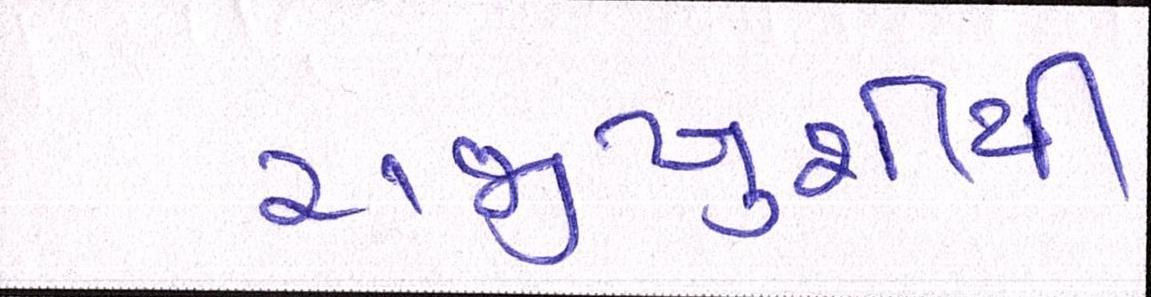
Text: રાજીખુશીથી